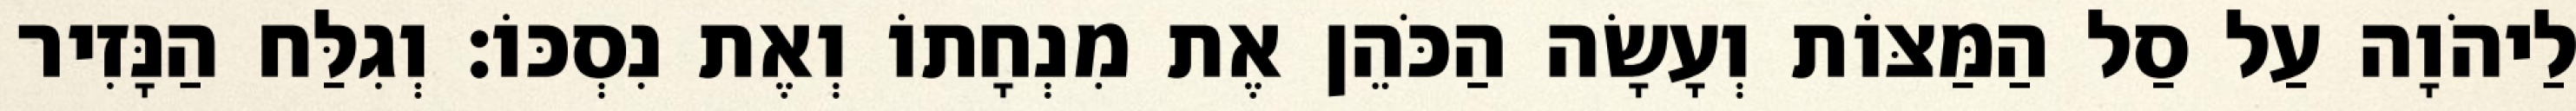
לַיהֹוָה עַל סַל הַמַּצּוֹת וְעָשָׂה הַכֹּהֵן אֶת מִנְחָתוֹ וְאֶת נִסְכּוֹ׃ וְגִלַּח הַנָּזִיר